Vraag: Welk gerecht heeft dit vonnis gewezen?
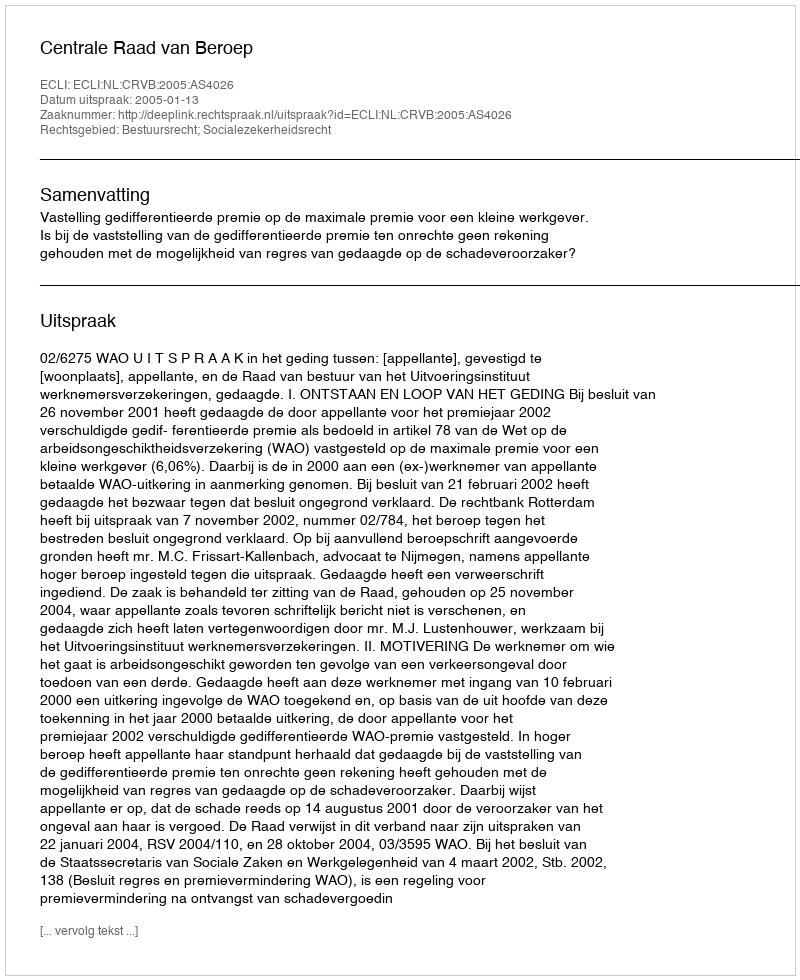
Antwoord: Centrale Raad van Beroep